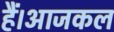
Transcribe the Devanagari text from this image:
हैं।आजकल